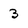
Character: 3